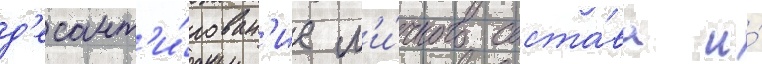
д'есант'и́рован'ие л'и́чного соста́ва и́